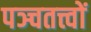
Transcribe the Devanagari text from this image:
पञ्चतत्त्वों